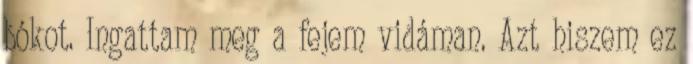
bókot. Ingattam meg a fejem vidáman. Azt hiszem ez